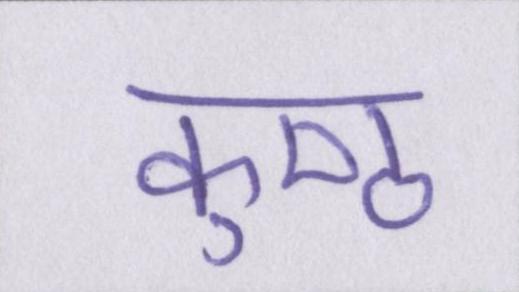
कुष्ठ